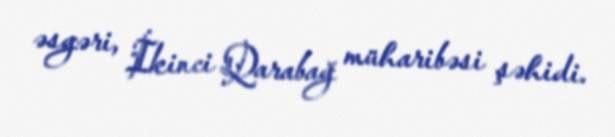
əsgəri, İkinci Qarabağ müharibəsi şəhidi.